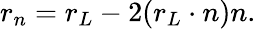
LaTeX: r_{n}=r_{L}-2(r_{L}\cdot n)n.